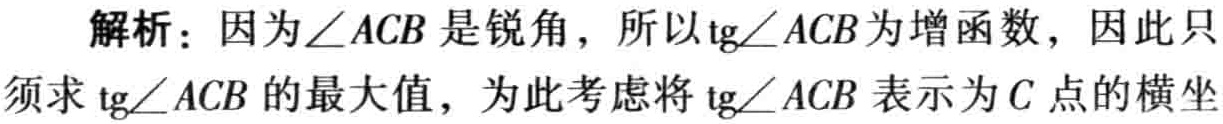
解析：因为\(\angle ACB\)是锐角，所以\(\mathrm{tg}\angle ACB\)为增函数，因此只须求\(\mathrm{tg}\angle ACB\)的最大值，为此考虑将\(\mathrm{tg}\angle ACB\)表示为\(C\)点的横坐标